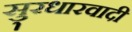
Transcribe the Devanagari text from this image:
सु्रधारवादी